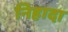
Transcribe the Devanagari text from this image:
निहादा